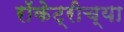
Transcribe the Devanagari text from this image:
रॉकेट्रीच्या